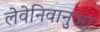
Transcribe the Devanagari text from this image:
लेवेनिवानुआ